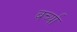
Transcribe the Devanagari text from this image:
बर्च्या